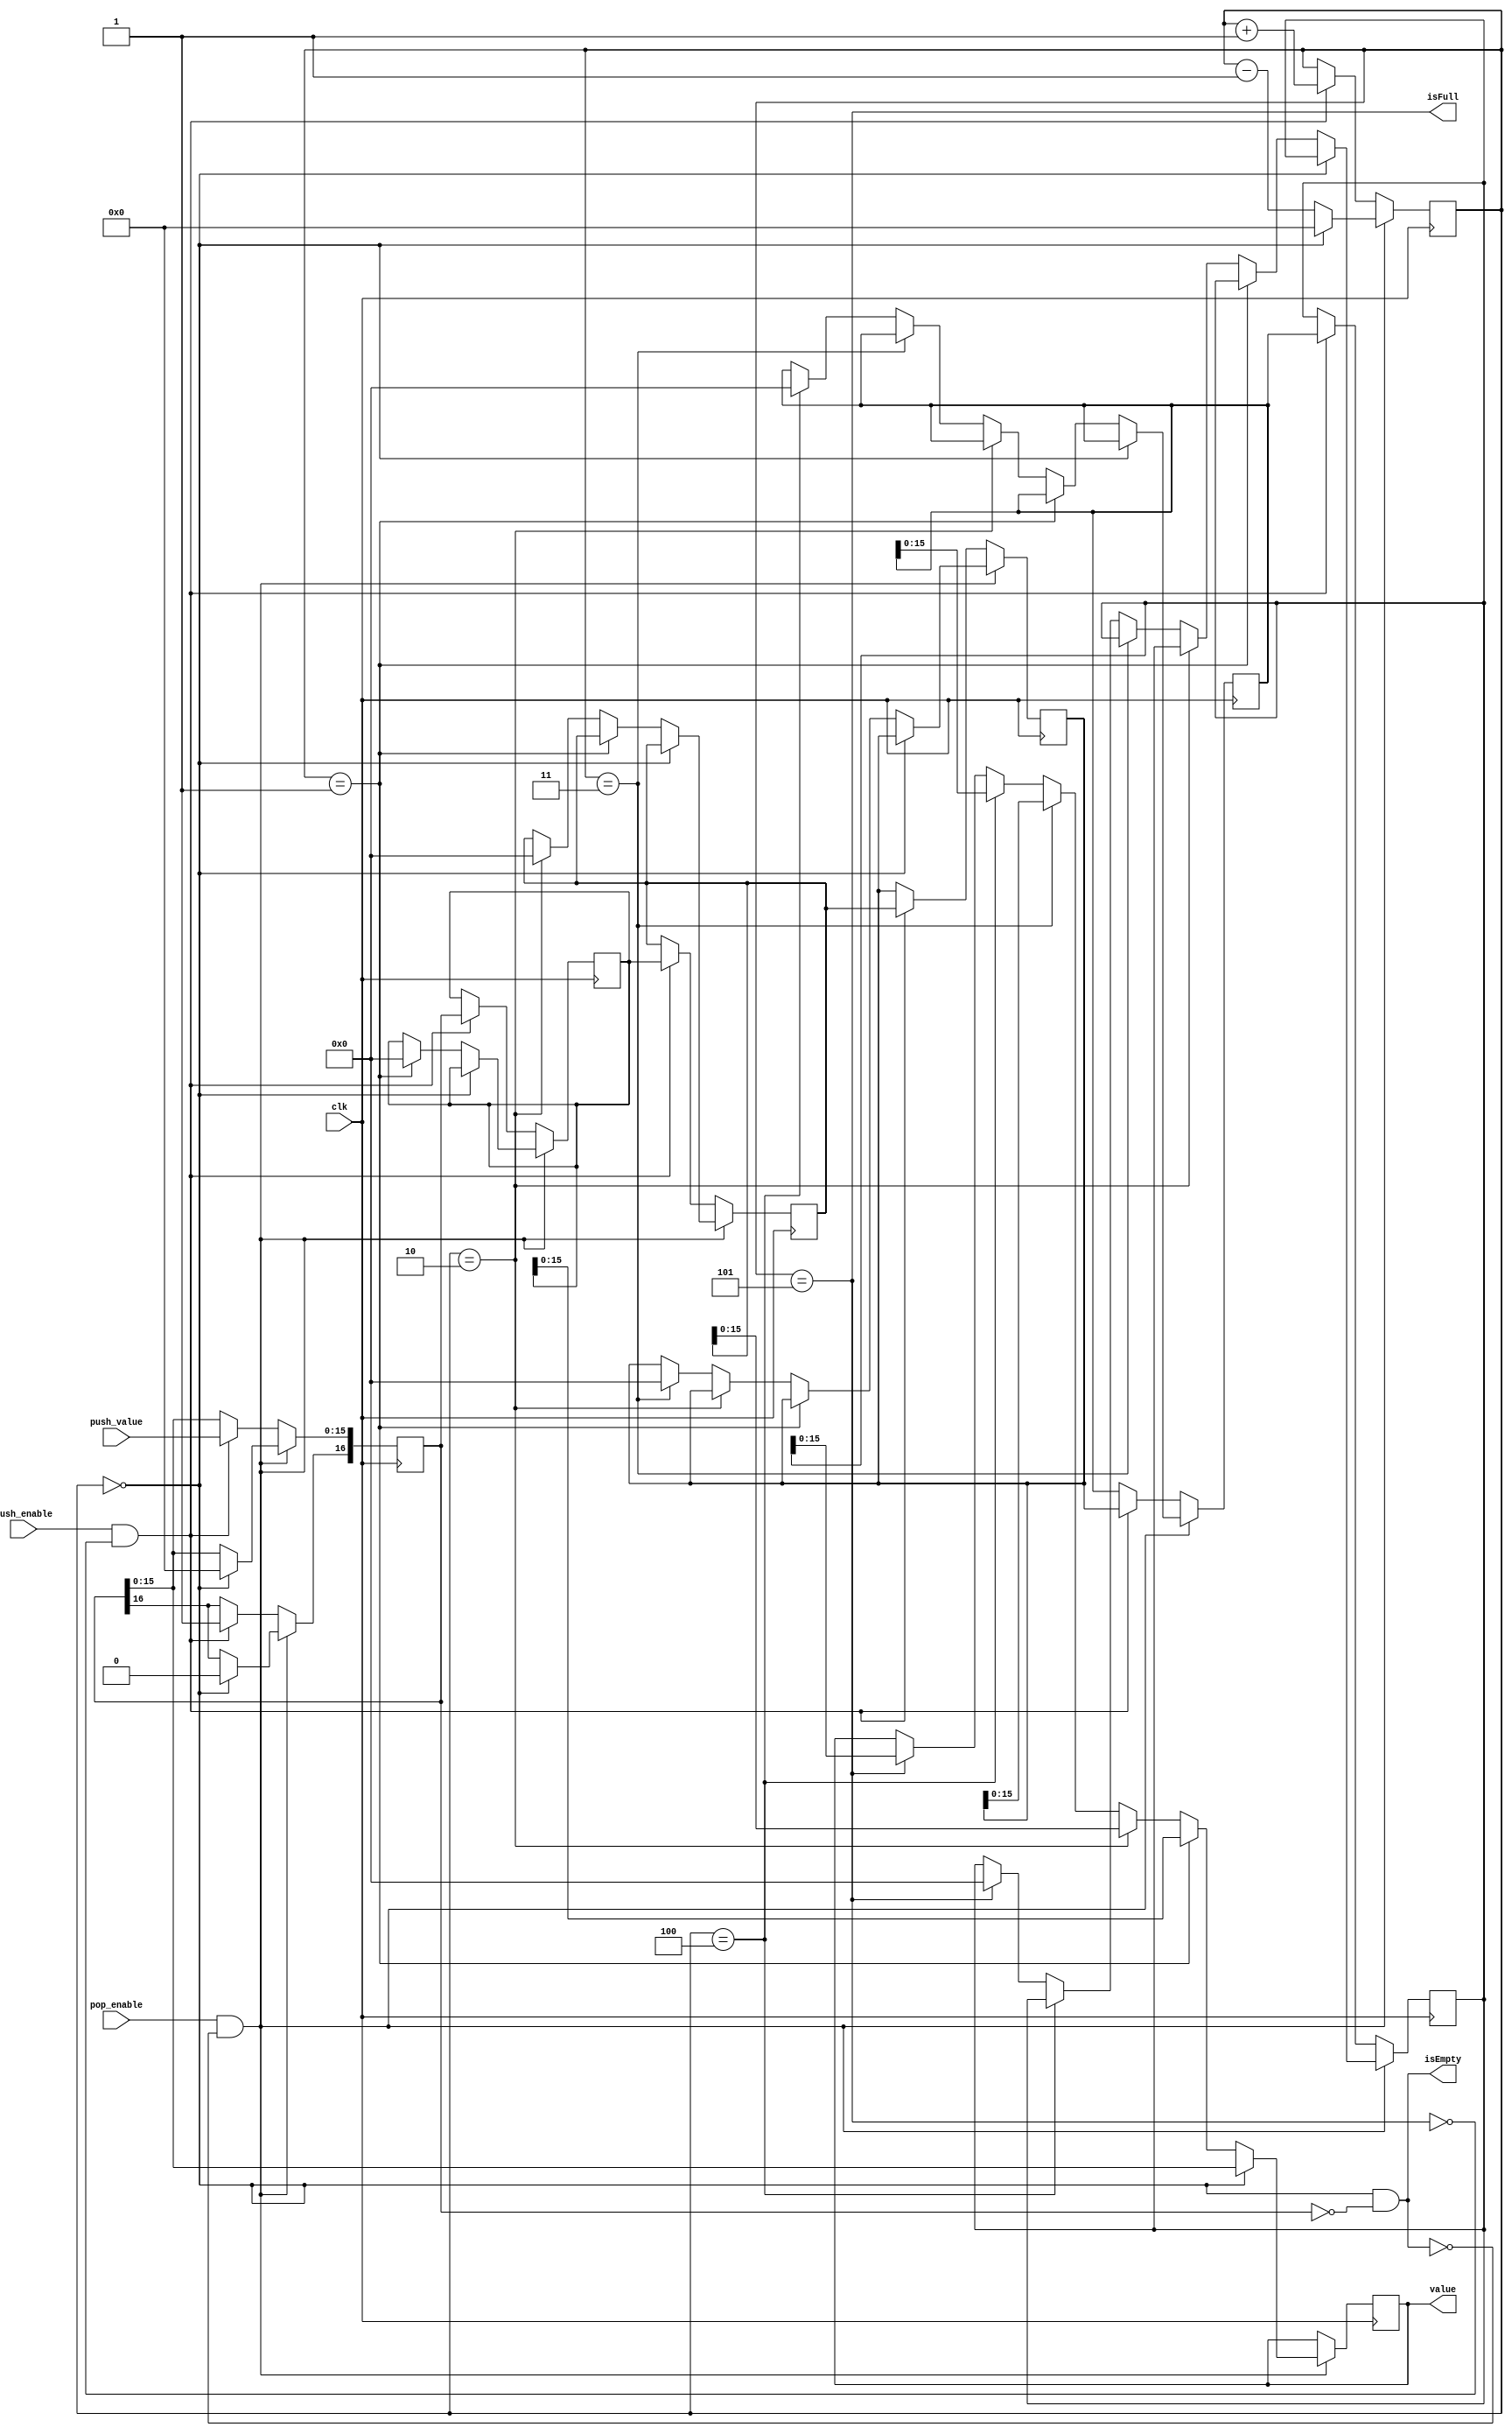
module queue(input clk, 
            //pushing
            input push_enable,
            input [15:0] push_value,
            output isFull,
            //popping
            input pop_enable,
            output [15:0] value, 
            output isEmpty);
   
    //fetch buffer    
    reg [16:0] f_buff0 = 0;
    reg [16:0] f_buff1 = 0;
    reg [16:0] f_buff2 = 0;
    reg [16:0] f_buff3 = 0;
    reg [16:0] f_buff4 = 0;
    reg [16:0] f_buff5 = 0;


    //wire telling us part of fetch buffer is busy
    wire q0 = f_buff0[16];
    wire q1 = f_buff1[16];
    wire q2 = f_buff2[16];
    wire q3 = f_buff3[16];
    wire q4 = f_buff4[16];
    wire q5 = f_buff5[16];
 
    wire isFull = head == 5;
    wire isEmpty = (head==0 && f_buff0==0);
    reg [15:0] value = 16'hxxxx;
    reg [15:0] tail = 0;
    reg [15:0] head = 0;
    
    always@(posedge clk) begin
      //popping logic
      if(pop_enable && isEmpty == 0) begin
          if(head==0) begin
             value <= f_buff0[15:0];
             f_buff0 <= 0;
          end else if(head ==1) begin
             value <= f_buff1[15:0];
             f_buff1 <= 0;
          end else if(head ==2) begin
              value <= f_buff2[15:0];
              f_buff2 <= 0;
          end else if(head == 3) begin
              value <= f_buff3[15:0];
              f_buff3 <= 0;
              head <= head -1;
          end else if(head ==4) begin
              value <= f_buff4[15:0];
              f_buff4 <= 0;
          end else if(head == 5) begin
              value <= f_buff5[15:0];
              f_buff5 <= 0;
          end
          if(head ==0) begin
              head = 0;
          end else begin
              head = head -1;
          end
      end

      //pushing logic
      else if (push_enable && isFull == 0) begin
            head <= head + 1;
            f_buff0[15:0] <= push_value;
            f_buff0[16] <= 1;
            f_buff1 <= f_buff0;
            f_buff2 <= f_buff1;
            f_buff3 <= f_buff2;
            f_buff4 <= f_buff3;
            f_buff5 <= f_buff4;  
      end
    end

endmodule